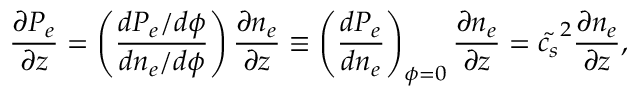
\frac { \partial P _ { e } } { \partial z } = \left( \frac { d P _ { e } / d \phi } { d n _ { e } / d \phi } \right) \frac { \partial n _ { e } } { \partial z } \equiv \left( \frac { d P _ { e } } { d n _ { e } } \right) _ { \phi = 0 } \frac { \partial n _ { e } } { \partial z } = \tilde { c _ { s } } ^ { 2 } \frac { \partial n _ { e } } { \partial z } ,